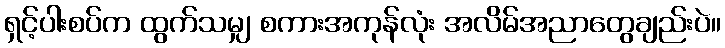
ရှင့်ပါးစပ်က ထွက်သမျှ စကားအကုန်လုံး အလိမ်အညာတွေချည်းပဲ။